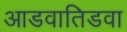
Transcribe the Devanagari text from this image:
आडवातिडवा